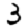
Digit: 3